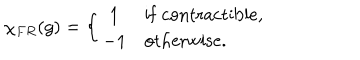
\chi _ { F R } ( g ) = \left\{ \begin{array} { c l } { { 1 } } & { { \mathrm { i f \ } \mathrm { c o n t r a c t i b l e } , } } \\ { { - 1 } } & { { \mathrm { o t h e r w i s e } . } } \\ \end{array} \right.